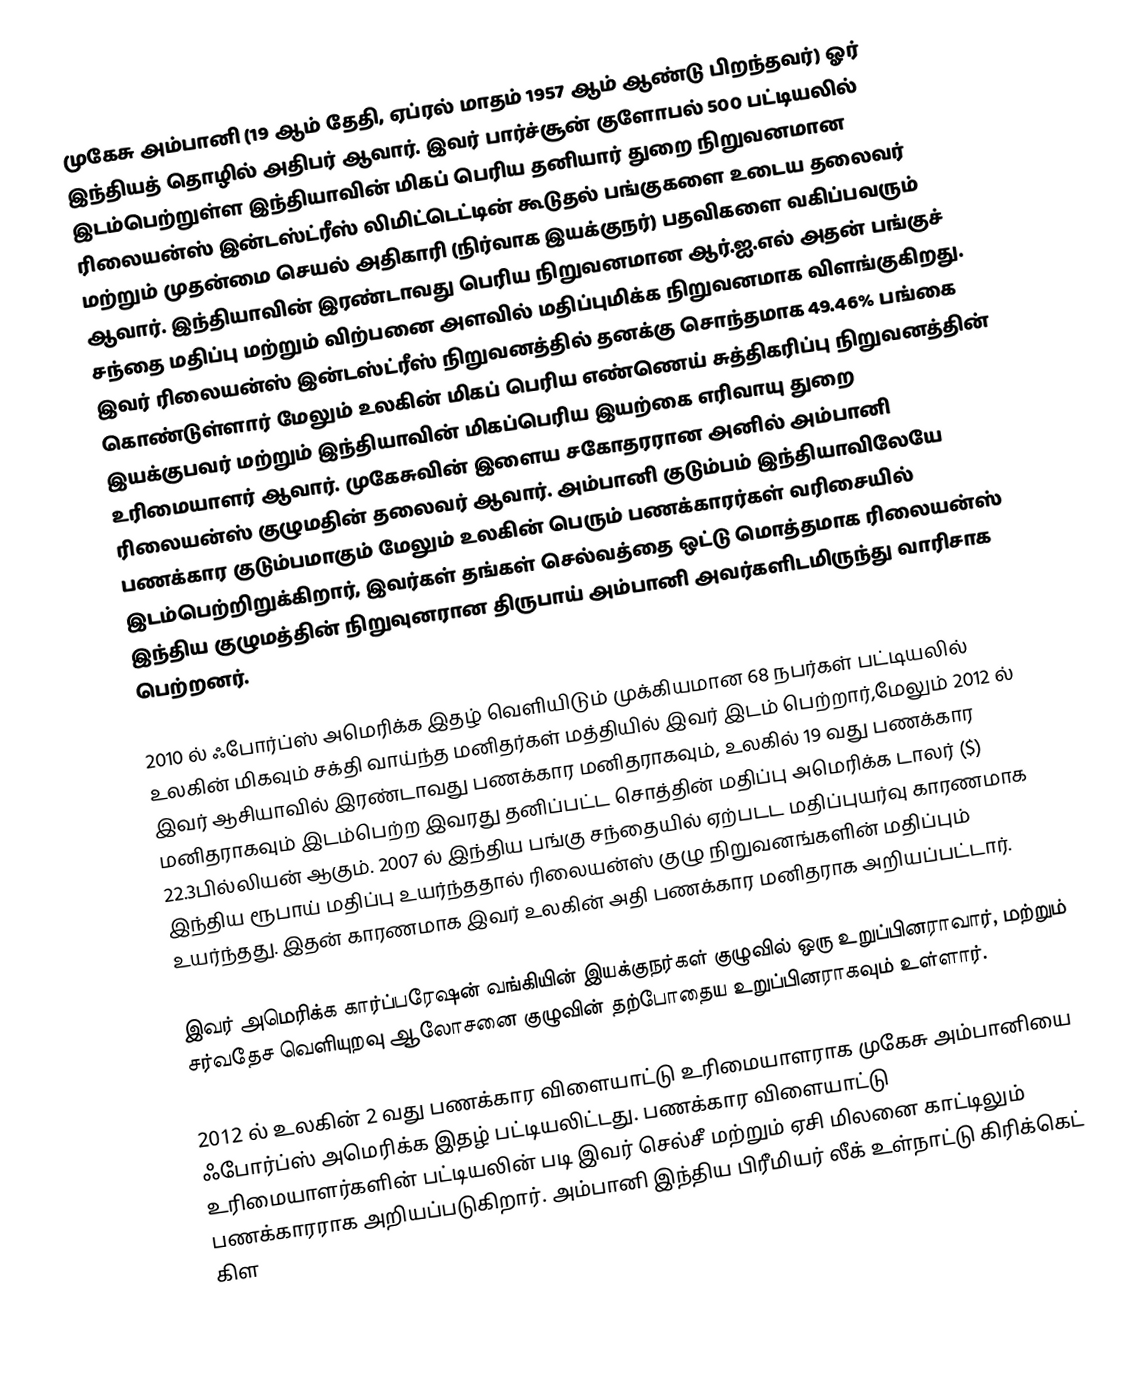
முகேசு அம்பானி (19 ஆம் தேதி, ஏப்ரல் மாதம்  1957 ஆம் ஆண்டு பிறந்தவர்) ஓர்  இந்தியத் தொழில் அதிபர் ஆவார். இவர் பார்ச்சூன் குளோபல் 500 பட்டியலில் இடம்பெற்றுள்ள இந்தியாவின் மிகப் பெரிய தனியார் துறை நிறுவனமான ரிலையன்ஸ் இன்டஸ்ட்ரீஸ் லிமிட்டெட்டின் கூடுதல் பங்குகளை உடைய தலைவர் மற்றும் முதன்மை செயல் அதிகாரி (நிர்வாக இயக்குநர்) பதவிகளை வகிப்பவரும் ஆவார். இந்தியாவின் இரண்டாவது பெரிய நிறுவனமான ஆர்.ஐ.எல் அதன் பங்குச் சந்தை மதிப்பு மற்றும் விற்பனை அளவில் மதிப்புமிக்க நிறுவனமாக விளங்குகிறது. இவர் ரிலையன்ஸ் இன்டஸ்ட்ரீஸ் நிறுவனத்தில் தனக்கு சொந்தமாக  49.46%  பங்கை கொண்டுள்ளார் மேலும் உலகின் மிகப் பெரிய எண்ணெய் சுத்திகரிப்பு நிறுவனத்தின் இயக்குபவர் மற்றும் இந்தியாவின் மிகப்பெரிய இயற்கை எரிவாயு துறை உரிமையாளர் ஆவார். முகேசுவின் இளைய சகோதரரான அனில் அம்பானி ரிலையன்ஸ் குழுமதின் தலைவர் ஆவார். அம்பானி குடும்பம் இந்தியாவிலேயே பணக்கார குடும்பமாகும் மேலும் உலகின் பெரும் பணக்காரர்கள் வரிசையில் இடம்பெற்றிறுக்கிறார், இவர்கள் தங்கள் செல்வத்தை  ஒட்டு மொத்தமாக ரிலையன்ஸ் இந்திய குழுமத்தின் நிறுவுனரான திருபாய் அம்பானி அவர்களிடமிருந்து வாரிசாக பெற்றனர்.

2010 ல் ஃபோர்ப்ஸ் அமெரிக்க இதழ் வெளியிடும் முக்கியமான 68 நபர்கள் பட்டியலில் உலகின் மிகவும் சக்தி வாய்ந்த மனிதர்கள் மத்தியில் இவர் இடம் பெற்றார்,மேலும் 2012 ல் இவர் ஆசியாவில்  இரண்டாவது பணக்கார மனிதராகவும், உலகில் 19 வது பணக்கார மனிதராகவும் இடம்பெற்ற இவரது தனிப்பட்ட சொத்தின் மதிப்பு அமெரிக்க டாலர் ($) 22.3பில்லியன் ஆகும். 2007 ல் இந்திய பங்கு சந்தையில் ஏற்படட மதிப்புயர்வு காரணமாக இந்திய ரூபாய் மதிப்பு உயர்ந்ததால் ரிலையன்ஸ் குழு நிறுவனங்களின் மதிப்பும் உயர்ந்தது. இதன் காரணமாக இவர் உலகின் அதி பணக்கார மனிதராக அறியப்பட்டார்.

இவர் அமெரிக்க கார்ப்பரேஷன் வங்கியின் இயக்குநர்கள் குழுவில் ஒரு உறுப்பினராவார், மற்றும் சர்வதேச வெளியுறவு ஆலோசனை குழுவின் தற்போதைய உறுப்பினராகவும் உள்ளார்.

2012 ல் உலகின் 2 வது பணக்கார விளையாட்டு உரிமையாளராக முகேசு அம்பானியை ஃபோர்ப்ஸ் அமெரிக்க இதழ் பட்டியலிட்டது. பணக்கார விளையாட்டு உரிமையாளர்களின் பட்டியலின் படி இவர் செல்சீ மற்றும் ஏசி மிலனை காட்டிலும் பணக்காரராக அறியப்படுகிறார். அம்பானி இந்திய பிரீமியர் லீக் உள்நாட்டு கிரிக்கெட் கிள